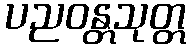
ပညဝန္တသုတ္တ